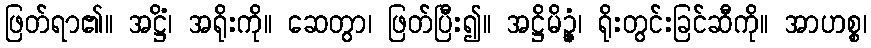
ဖြတ်ရာ၏။ အဋ္ဌိံ၊ အရိုးကို။ ဆေတွာ၊ ဖြတ်ပြီး၍။ အဋ္ဌိမိဉ္ဇံ၊ ရိုးတွင်းခြင်ဆီကို။ အာဟစ္စ၊